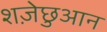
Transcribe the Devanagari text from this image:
शज़ेछुआन